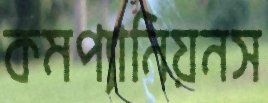
কমপ্যানিয়নস